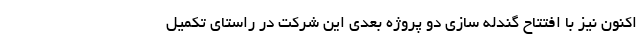
اکنون نیز با افتتاح گندله سازی دو پروژه بعدی این شرکت در راستای تکمیل